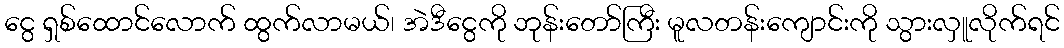
ငွေ ရှစ်ထောင်လောက် ထွက်လာမယ်၊ အဲဒီငွေကို ဘုန်းတော်ကြီး မူလတန်းကျောင်းကို သွားလှူလိုက်ရင်